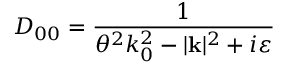
D _ { 0 0 } = \frac { 1 } { \theta ^ { 2 } k _ { 0 } ^ { 2 } - | \mathbf { k } | ^ { 2 } + i \varepsilon }